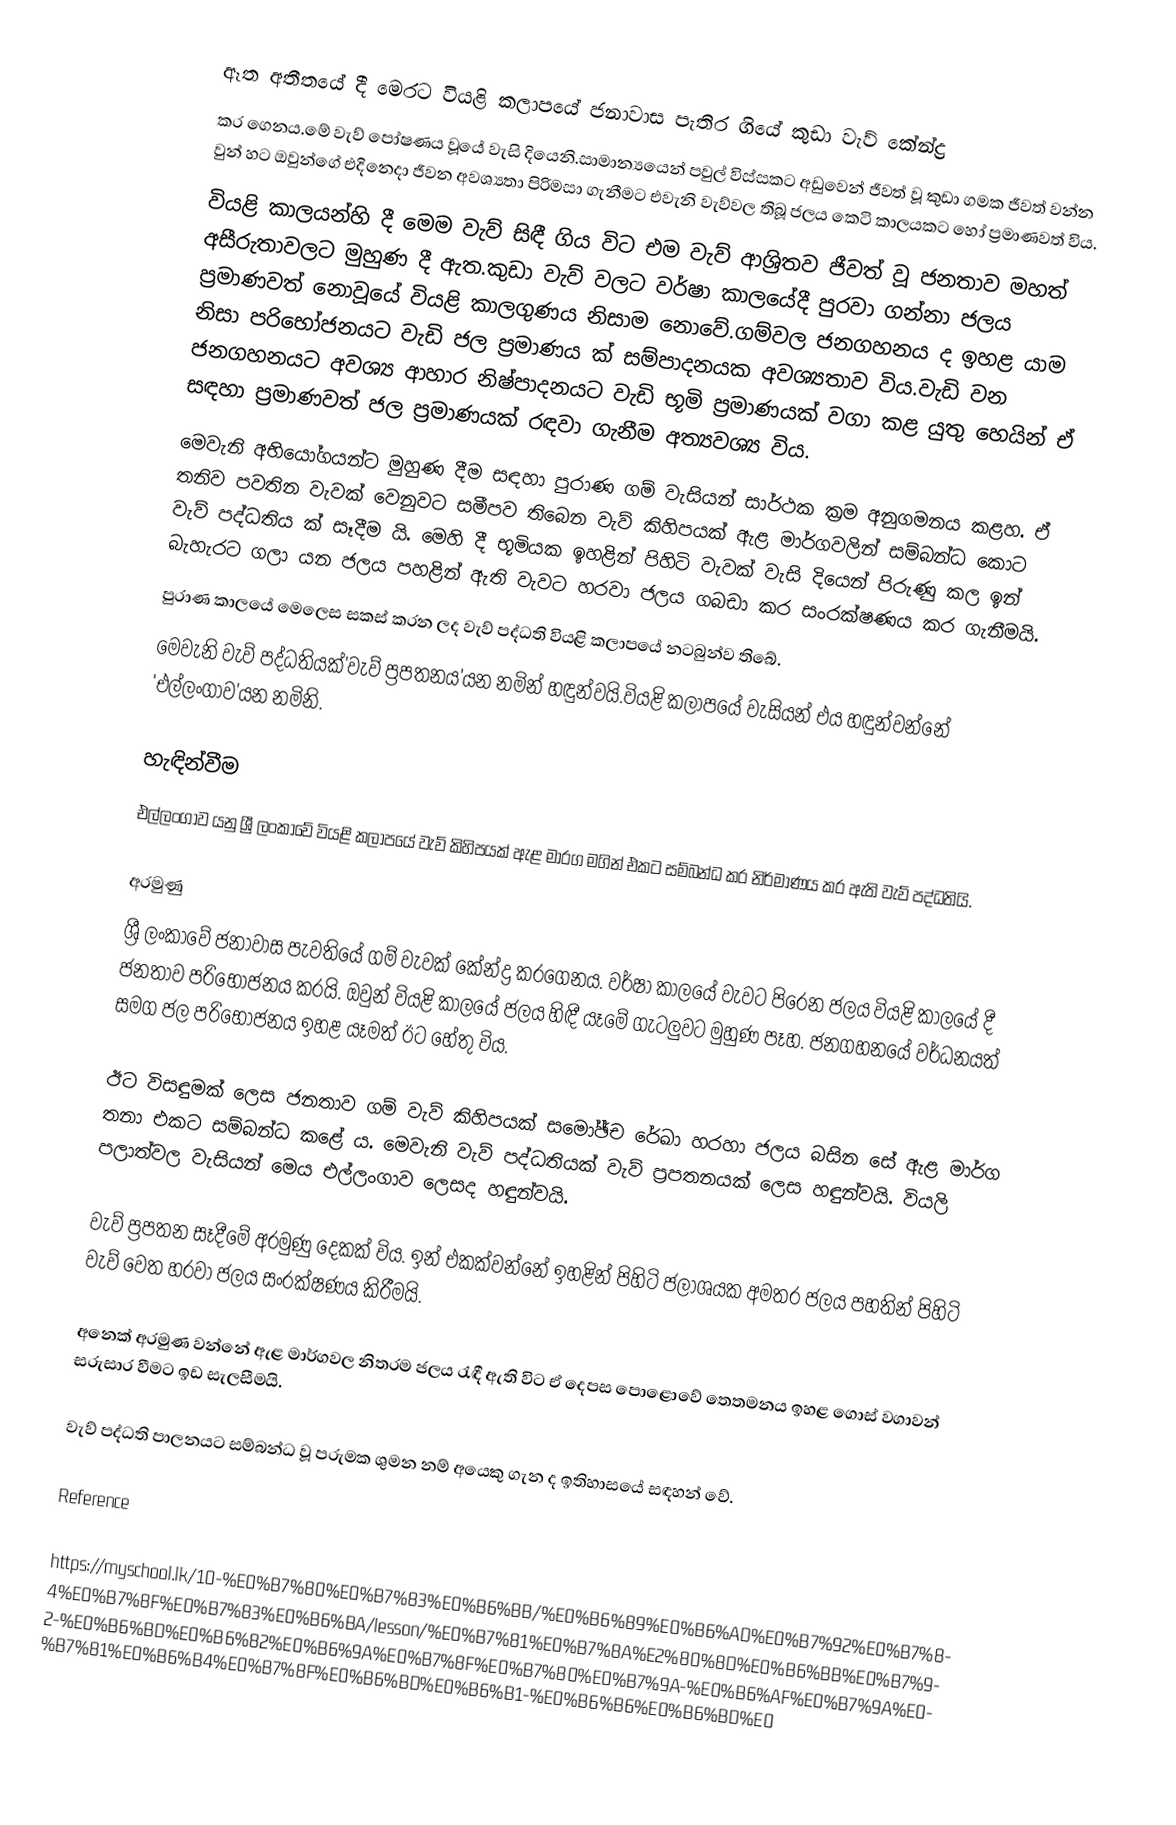
ඈත අතීතයේ දී මෙරට වියළි කලාපයේ ජනාවාස පැතිර ගියේ කුඩා වැව් කේන්ද්‍ර
කර ගෙනය.මේ වැව් පෝෂණය වූයේ වැසි දියෙනි.සාමාන්‍යයෙන් පවුල් විස්සකට අඩුවෙන් ජීවත් වූ කුඩා ගමක ජීවත් වන්න වුන් හට ඔවුන්ගේ එදිනෙදා ජීවන අවශ්‍යතා පිරිමසා ගැනීමට එවැනි වැව්වල තිබූ ජලය කෙටි කාලයකට හෝ ප්‍රමාණවත් විය.
    වියළි කාලයන්හි දී මෙම වැව් සිඳී ගිය විට එම වැව් ආශ්‍රිතව ජීවත් වූ ජනතාව මහත් අසීරුතාවලට මුහුණ දී ඇත.කුඩා වැව් වලට වර්ෂා කාලයේදී පුරවා ගන්නා ජලය ප්‍රමාණවත් නොවූයේ වියළි කාලගුණය නිසාම නොවේ.ගම්වල ජනගහනය ද ඉහළ යාම නිසා පරිභෝජනයට වැඩි ජල ප්‍රමාණය ක් සම්පාදනයක අවශ්‍යතාව විය.වැඩි වන ජනගහනයට අවශ්‍ය ආහාර නිෂ්පාදනයට වැඩි භූමි ප්‍රමාණයක් වගා කළ යුතු හෙයින් ඒ සඳහා ප්‍රමාණවත් ජල ප්‍රමාණයක් රඳවා ගැනීම අත්‍යවශ්‍ය විය.
    මෙවැනි අභියෝගයන්ට මුහුණ දීම සඳහා පුරාණ ගම් වැසියන් සාර්ථක ක්‍රම අනුගමනය කළහ. ඒ තනිව පවතින වැවක් වෙනුවට සමීපව තිබෙන වැව් කිහිපයක් ඇළ මාර්ගවලින් සම්බන්ධ කොට වැව් පද්ධතිය ක් සෑදීම යි. මෙහි දී භූමියක ඉහළින් පිහිටි වැවක් වැසි දියෙන් පිරුණු කල ඉන් බැහැරට ගලා යන ජලය පහළින් ඇති වැවට හරවා ජලය ගබඩා කර සංරක්ෂණය කර ගැනීමයි.
පුරාණ කාලයේ මෙලෙස සකස් කරන ලද වැව් පද්ධති වියළි කලාපයේ නටබුන්ව තිබේ.
    මෙවැනි වැව් පද්ධතියක්'වැව් ප්‍රපතනය'යන නමින් හඳුන්වයි.වියළි කලාපයේ වැසියන් එය හඳුන්වන්නේ 'එල්ලංගාව'යන නමිනි.

හැඳින්වීම
එල්ලංගාව යනු ශ්‍රී ලංකාවේ වියළි කලාපයේ වැව් කිහිපයක් ඇළ මාරග මගින් එකට සම්බන්ධ කර නිර්මාණය කර ඇති වැව් පද්ධතියි.

අරමුණු
ශ්‍රී ලංකාවේ ජනාවාස පැවතියේ ගම් වැවක් කේන්ද්‍ර කරගෙනය. වර්ෂා කාලයේ වැවට පිරෙන ජලය වියළි කාලයේ දී ජනතාව පරිභෝජනය කරයි. ඔවුන් වියළි කාලයේ ජලය හිඳී යෑමේ ගැටලුවට මුහුණ පෑහ. ජනගහනයේ වර්ධනයත් සමග ජල පරිභෝජනය ඉහළ යෑමත් ඊට හේතු විය.

ඊට විසඳුමක් ලෙස ජනතාව ගම් වැව් කිහිපයක් සමෝඡ්ච රේඛා හරහා ජලය බසින සේ ඇළ මාර්ග තනා එකට සම්බන්ධ කළේ ය. මෙවැනි වැව් පද්ධතියක් වැව් ප්‍රපතනයක් ලෙස හඳුන්වයි. වියලි පලාත්වල වැසියන් මෙය එල්ලංගාව ලෙසද හඳුන්වයි.

වැව් ප්‍රපතන සෑදීමේ අරමුණු දෙකක් විය. ඉන් එකක්වන්නේ ඉහළින් පිහිටි ජලාශයක අමතර ජලය පහතින් පිහිටි වැව් වෙත හරවා ජලය සංරක්ෂණය කිරීමයි.

අනෙක් අරමුණ වන්නේ ඇළ මාර්ගවල නිතරම ජලය රැඳී ඇති විට ඒ දෙපස පොළොවේ තෙතමනය ඉහළ ගොස් වගාවන් සරුසාර වීමට ඉඩ සැලසීමයි.

වැව් පද්ධති පාලනයට සම්බන්ධ වූ පරුමක ශුමන නම් අයෙකු ගැන ද ඉතිහාසයේ සඳහන් වේ.

Reference

 https://myschool.lk/10-%E0%B7%80%E0%B7%83%E0%B6%BB/%E0%B6%89%E0%B6%AD%E0%B7%92%E0%B7%84%E0%B7%8F%E0%B7%83%E0%B6%BA/lesson/%E0%B7%81%E0%B7%8A%E2%80%8D%E0%B6%BB%E0%B7%92-%E0%B6%BD%E0%B6%82%E0%B6%9A%E0%B7%8F%E0%B7%80%E0%B7%9A-%E0%B6%AF%E0%B7%9A%E0%B7%81%E0%B6%B4%E0%B7%8F%E0%B6%BD%E0%B6%B1-%E0%B6%B6%E0%B6%BD%E0